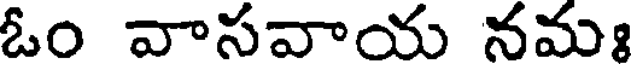
ఓం వాసవాయ నమః